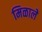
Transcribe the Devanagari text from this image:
मिळालेे